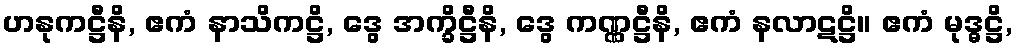
ဟနုကဋ္ဌီနိ, ဧကံ နာသိကဋ္ဌိ, ဒွေ အက္ခိဋ္ဌီနိ, ဒွေ ကဏ္ဏဋ္ဌီနိ, ဧကံ နလာဋဋ္ဌိ။ ဧကံ မုဒ္ဓဋ္ဌိ,